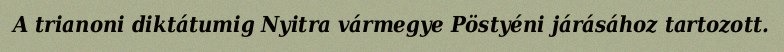
A trianoni diktátumig Nyitra vármegye Pöstyéni járásához tartozott.